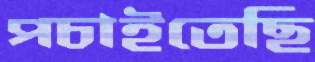
পচাইতেছি